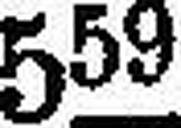
559